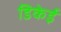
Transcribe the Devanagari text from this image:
डिकेई